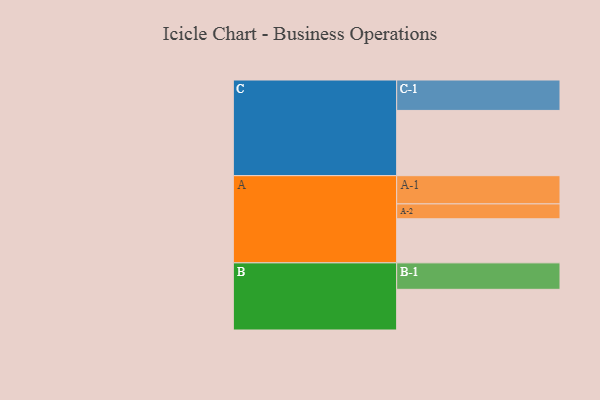
{"axis": {"x": "Segment", "y": "Value"}, "legend": ["", "A", "B", "C"], "data": [{"x": "A", "y": 400, "type": ""}, {"x": "B", "y": 369, "type": ""}, {"x": "C", "y": 592, "type": ""}, {"x": "A-1", "y": 256, "type": "A"}, {"x": "A-2", "y": 135, "type": "A"}, {"x": "B-1", "y": 240, "type": "B"}, {"x": "C-1", "y": 276, "type": "C"}]}